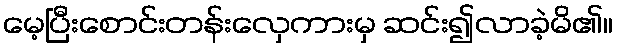
မေ့ပြီးစောင်းတန်းလှေကားမှ ဆင်း၍လာခဲ့မိ၏။